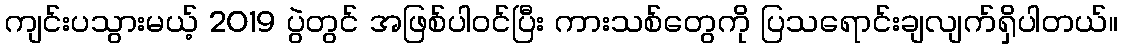
ကျင်းပသွားမယ့် 2019 ပွဲတွင် အဖြစ်ပါဝင်ပြီး ကားသစ်တွေကို ပြသရောင်းချလျက်ရှိပါတယ်။